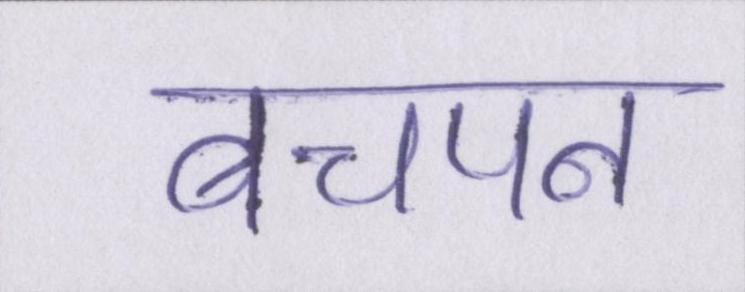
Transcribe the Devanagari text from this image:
बचपन